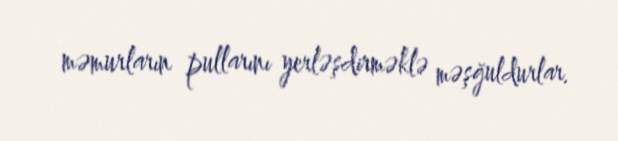
məmurların pullarını yerləşdirməklə məşğuldurlar.